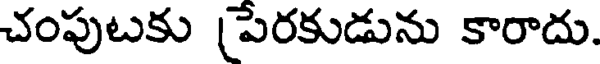
చంపుటకు పేరకుడును కారాదు.